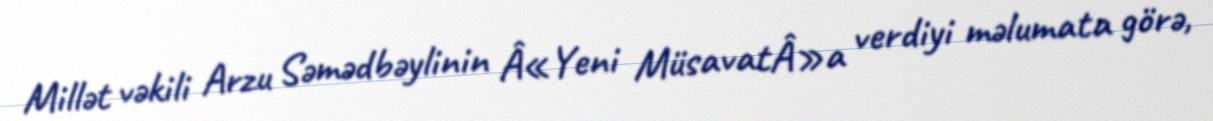
Millət vəkili Arzu Səmədbəylinin Â«Yeni MüsavatÂ»a verdiyi məlumata görə,